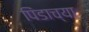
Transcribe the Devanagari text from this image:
पिंडाच्या